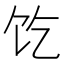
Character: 𱃱